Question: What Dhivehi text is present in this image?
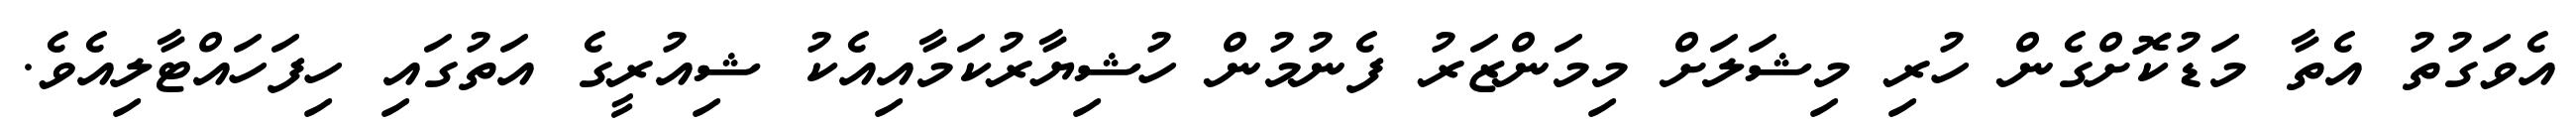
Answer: އެވަގުތު އެތާ މަޑުކޮށްގެން ހުރި މިޝަލަށް މިމަންޒަރު ފެނުމުން ހުޝިޔާރުކަމާއިއެކު ޝިއުރީގެ އަތުގައި ހިފަހައްޓާލިއެވެ.